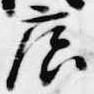
広